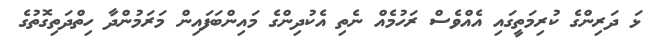
ޅަ ދަރިންގެ ކުރިމަތީގައި އެއްވެސް ރަހުމެއް ނެތި އެކުދިންގެ މައިންބަފައިން މަރަމުންދާ ހިތްދަތިގޮތުގެ